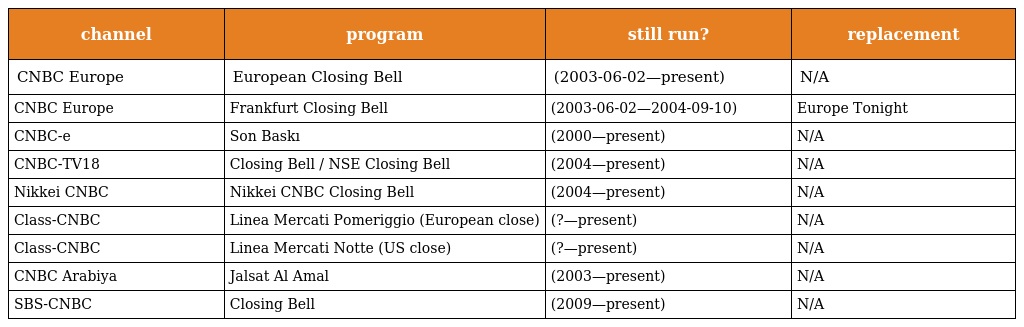
| channel | program | still run? | replacement |
 | --- | --- | --- | --- |
 | CNBC Europe | European Closing Bell | (2003-06-02—present) | N/A |
 | CNBC Europe | Frankfurt Closing Bell | (2003-06-02—2004-09-10) | Europe Tonight |
 | CNBC-e | Son Baskı | (2000—present) | N/A |
 | CNBC-TV18 | Closing Bell / NSE Closing Bell | (2004—present) | N/A |
 | Nikkei CNBC | Nikkei CNBC Closing Bell | (2004—present) | N/A |
 | Class-CNBC | Linea Mercati Pomeriggio (European close) | (?—present) | N/A |
 | Class-CNBC | Linea Mercati Notte (US close) | (?—present) | N/A |
 | CNBC Arabiya | Jalsat Al Amal | (2003—present) | N/A |
 | SBS-CNBC | Closing Bell | (2009—present) | N/A |